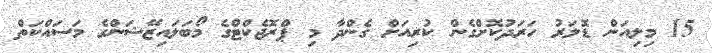
15 މިލިއަން ޑޮލަރު ހަރަދުކޮށްގެން ކުރިއަށް ގެންދާ މި ޕްރޮޖެކްޓްގެ މޯބަލައިޒޭޝަންގެ މަސައްކަތް